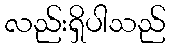
လည်းရှိပါသည်